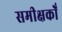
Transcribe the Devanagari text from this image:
समीक्षकोँ